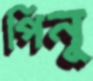
পিনু